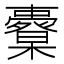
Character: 𣠀